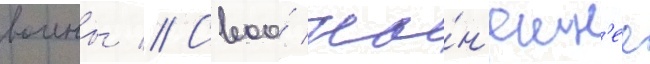
воины // Своо́ ны́н'ешн'ее